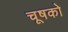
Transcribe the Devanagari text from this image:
चूषको